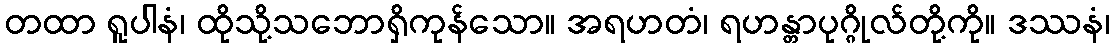
တထာ ရူပါနံ၊ ထိုသို့သဘောရှိကုန်သော။ အရဟတံ၊ ရဟန္တာပုဂ္ဂိုလ်တို့ကို။ ဒဿနံ၊